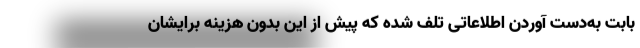
بابت به‌دست آوردن اطلاعاتی تلف شده که پیش از این بدون هزینه برایشان